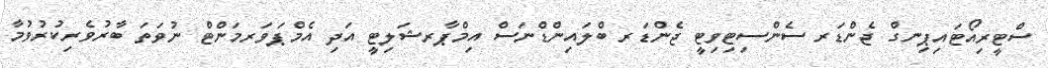
ސްޓީރިއޯޓައިޕިނގް ޖެންޑަރ ސެންސިޓިވިޓީ ޖެންޑަރ ބްލައިންޑްނަސް އިމްޕާރޝަލިޓީ އަދި އެމްޕަވަރމަންޓް ނުވަތަ ބާރުވެރިކުރުވުމާ